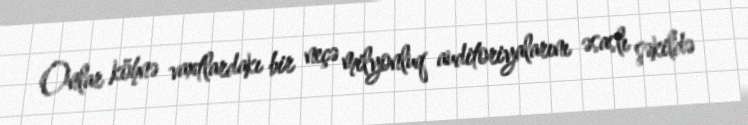
Onlar köhnə vaxtlardakı bir neçə milyonluq auditoriyalarını əsaslı şəkildə